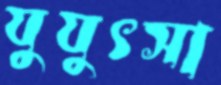
যুযুৎসা